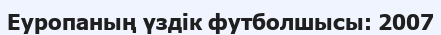
Еуропаның үздік футболшысы: 2007